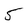
Character: 5